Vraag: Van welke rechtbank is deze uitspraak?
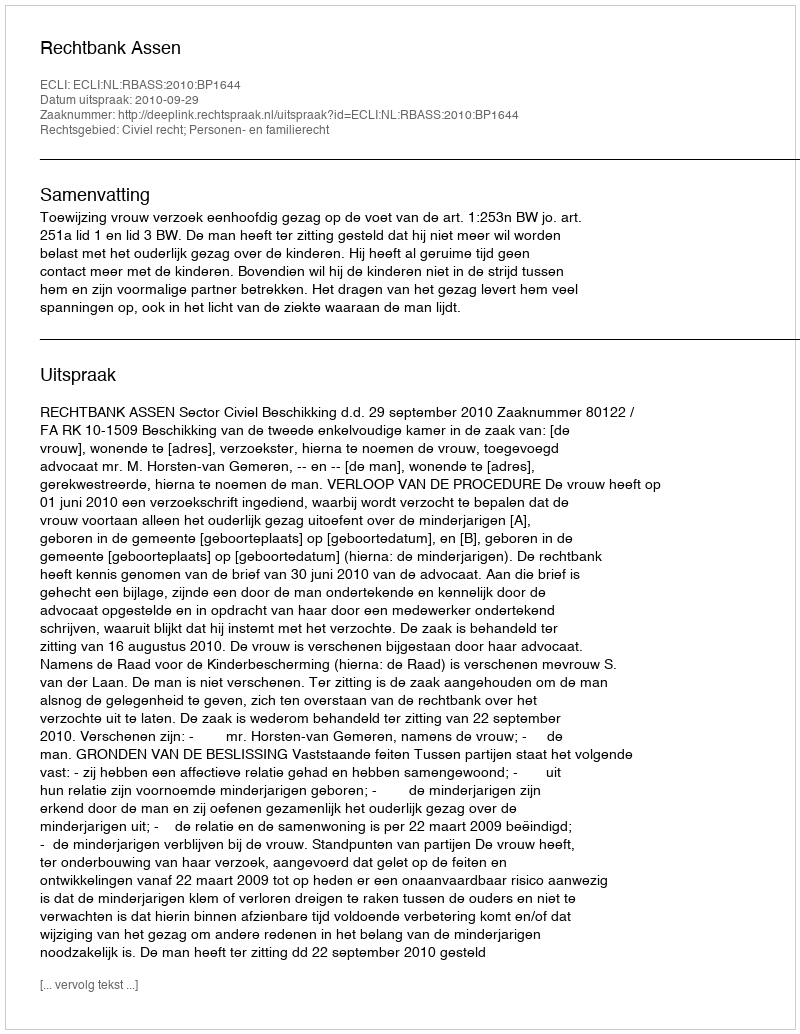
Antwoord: Rechtbank Assen